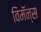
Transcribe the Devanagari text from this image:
विमॅन्स